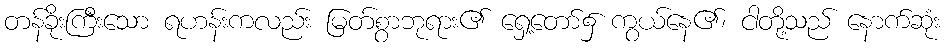
တန်ခိုးကြီးသော ရဟန်းကလည်း မြတ်စွာဘုရား၏ ရှေ့တော်၌ ကွယ်နေ၏၊ ငါတို့သည် နောက်ဆုံး